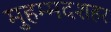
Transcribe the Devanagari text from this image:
मुहम्मदशहर